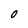
Character: O